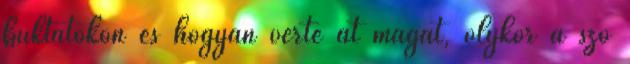
buktatókon és hogyan verte át magát, olykor a szó